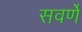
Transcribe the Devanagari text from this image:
सवर्णे